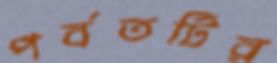
পর্বতটির